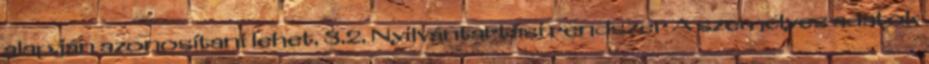
alapján azonosítani lehet. 3.2. Nyilvántartási rendszer A személyes adatok